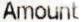
AMOUNT